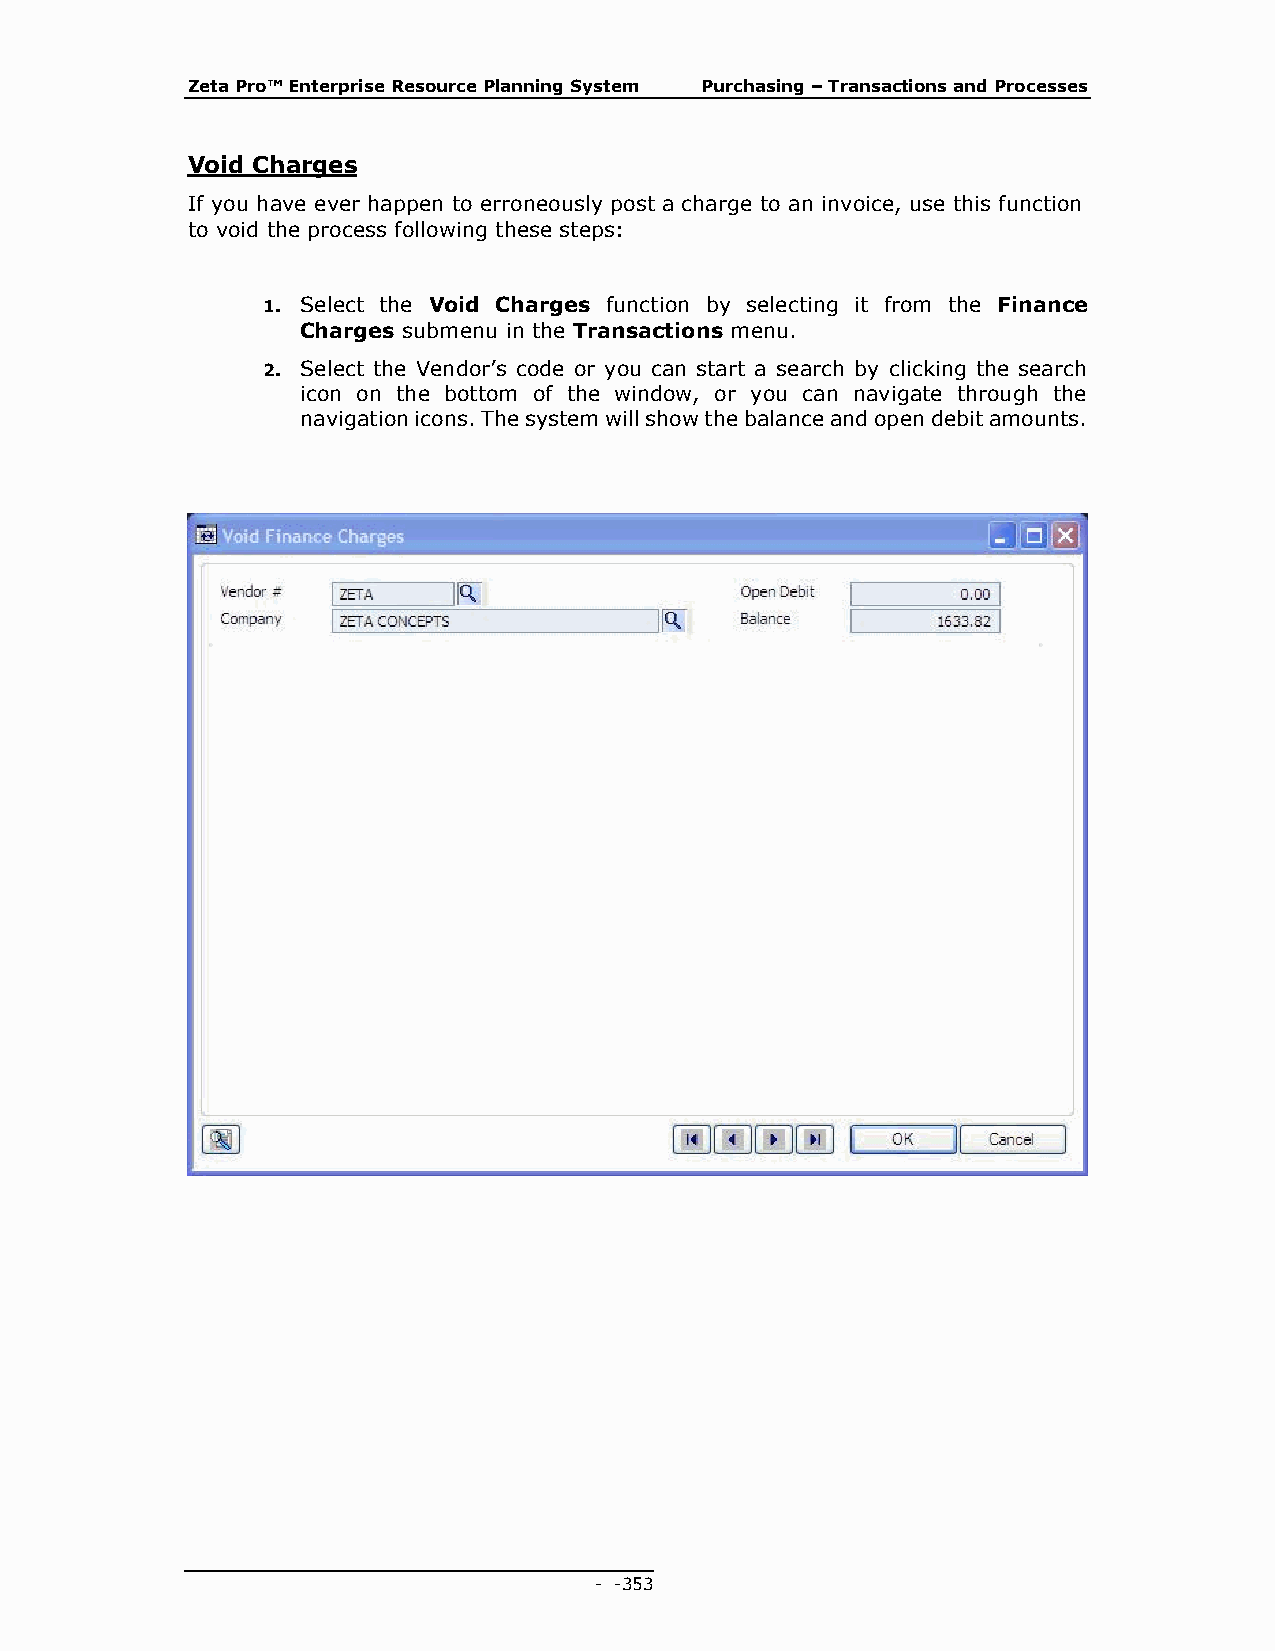
Zeta Pro™ Enterprise Resource Planning System Purchasing – Transactions and Processes
 Void Charges
 If you have ever happen to erroneously post a charge to an invoice, use this function
 to void the process following these steps:
 1. Select the Void Charges function by selecting it from the Finance
 Charges submenu in the Transactions menu.
 2. Select the Vendor’s code or you can start a search by clicking the search
 icon on the bottom of the window, or you can navigate through the
 navigation icons. The system will show the balance and open debit amounts.
 - - 353